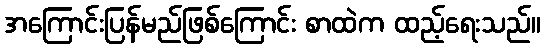
အကြောင်းပြန်မည်ဖြစ်ကြောင်း စာထဲက ထည့်ရေးသည်။